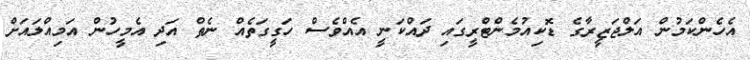
އެހެންކަމުން އަލްޖަޒީރާގެ ޑޮކިއުމެންޓްރީގައި ދައްކަނީ އެއްވެސް ހަގީގަތެއް ނެތް އަދި އެމީހުން އަމިއްލައަށް